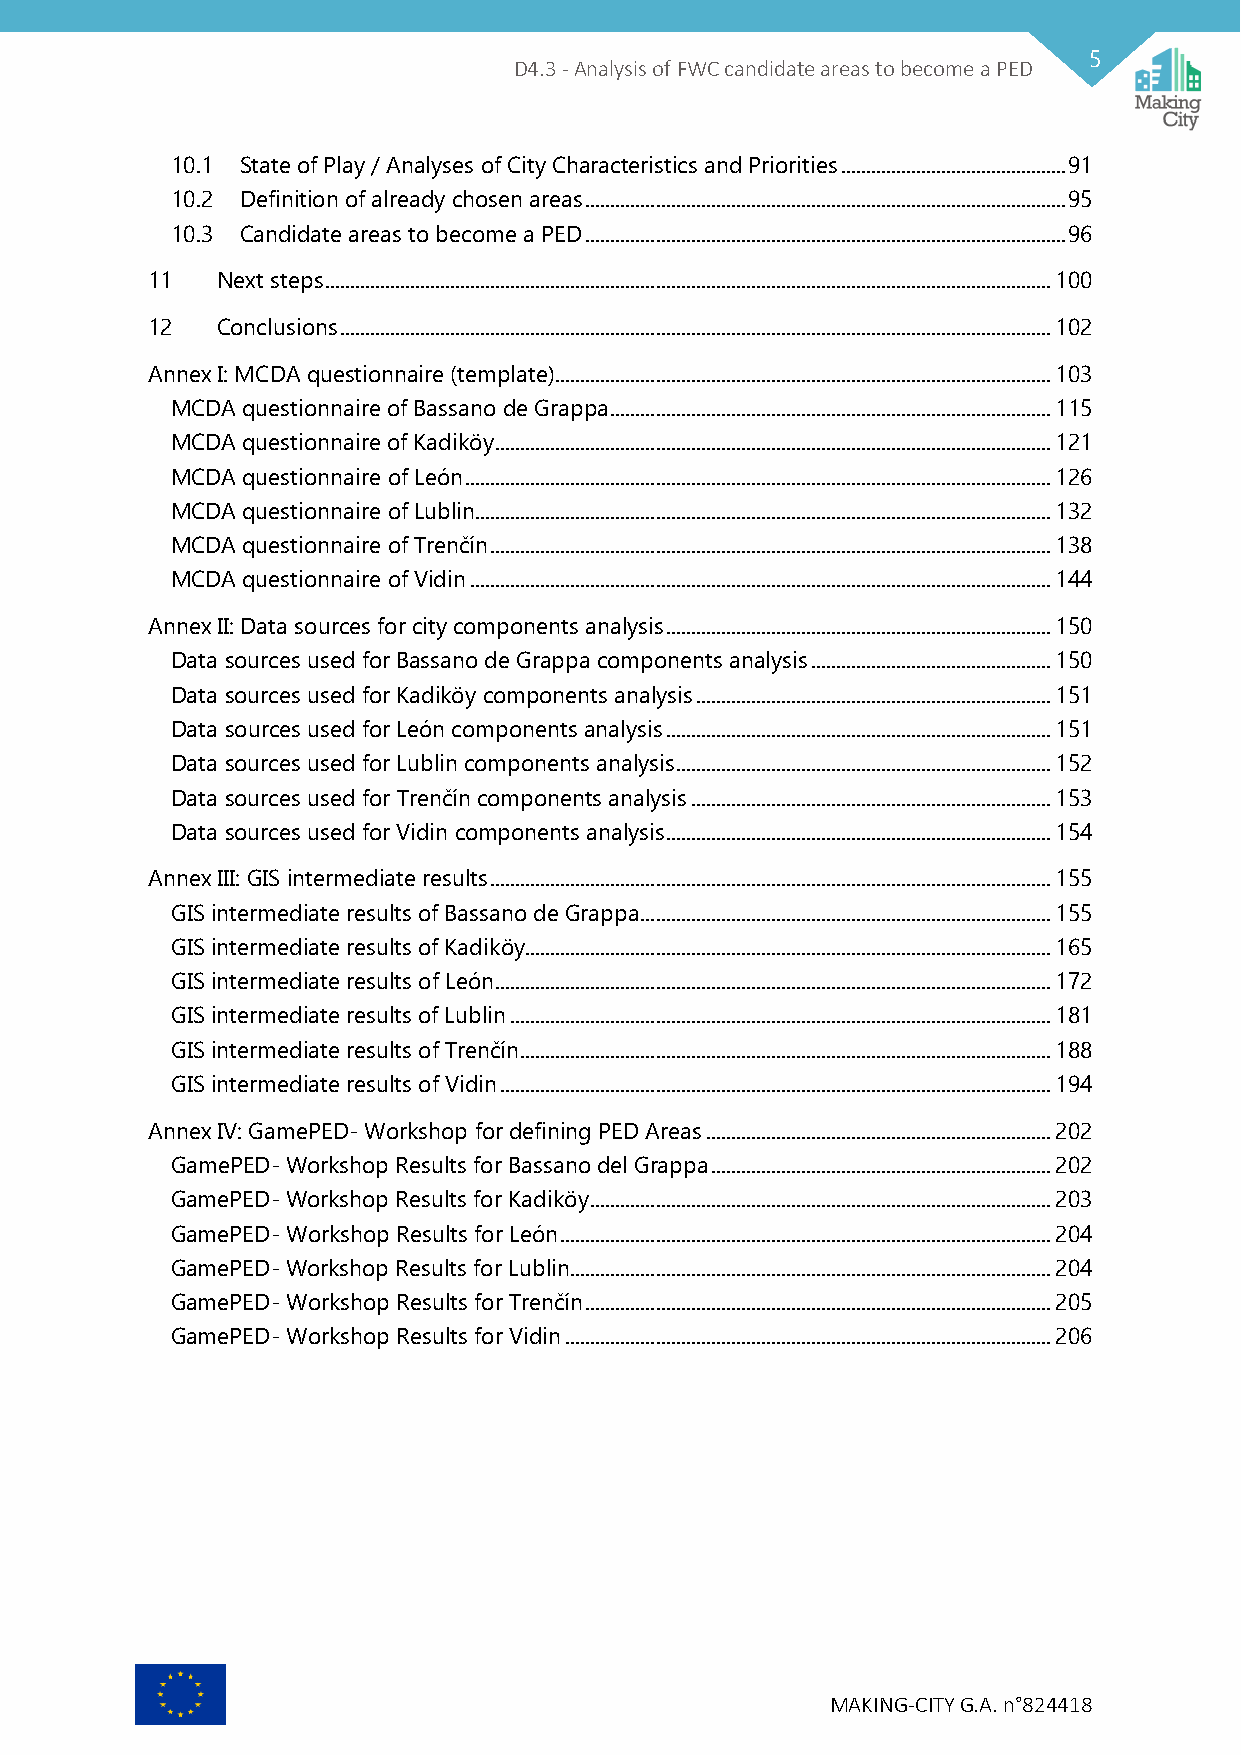
5
 D4.3 - Analysis of FWC candidate areas to become a PED
 10.1 State of Play / Analyses of City Characteristics and Priorities ............................................. 91
 10.2 Definition of already chosen areas ................................................................................................ 95
 10.3 Candidate areas to become a PED ................................................................................................ 96
 11  Next steps ................................................................................................................................................. 100
 12  Conclusions .............................................................................................................................................. 102
 Annex I: MCDA questionnaire (template) ................................................................................................... 103
 MCDA questionnaire of Bassano de Grappa ........................................................................................ 115
 MCDA questionnaire of Kadiköy ............................................................................................................... 121
 MCDA questionnaire of León ..................................................................................................................... 126
 MCDA questionnaire of Lublin................................................................................................................... 132
 MCDA questionnaire of Trenčín ................................................................................................................ 138
 MCDA questionnaire of Vidin .................................................................................................................... 144
 Annex II: Data sources for city components analysis ............................................................................. 150
 Data sources used for Bassano de Grappa components analysis ................................................ 150
 Data sources used for Kadiköy components analysis ....................................................................... 151
 Data sources used for León components analysis ............................................................................. 151
 Data sources used for Lublin components analysis ........................................................................... 152
 Data sources used for Trenčín components analysis ........................................................................ 153
 Data sources used for Vidin components analysis ............................................................................. 154
 Annex III: GIS intermediate results ................................................................................................................ 155
 GIS intermediate results of Bassano de Grappa .................................................................................. 155
 GIS intermediate results of Kadiköy ......................................................................................................... 165
 GIS intermediate results of León ............................................................................................................... 172
 GIS intermediate results of Lublin ............................................................................................................ 181
 GIS intermediate results of Trenčín .......................................................................................................... 188
 GIS intermediate results of Vidin .............................................................................................................. 194
 Annex IV: GamePED- Workshop for defining PED Areas ..................................................................... 202
 GamePED- Workshop Results for Bassano del Grappa .................................................................... 202
 GamePED- Workshop Results for Kadiköy ............................................................................................ 203
 GamePED- Workshop Results for León .................................................................................................. 204
 GamePED- Workshop Results for Lublin ................................................................................................ 204
 GamePED- Workshop Results for Trenčín ............................................................................................. 205
 GamePED- Workshop Results for Vidin ................................................................................................. 206
 MAKING-CITY G.A. n°824418